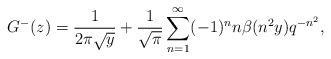
LaTeX: \begin{align*}G^-(z) = \frac{1}{2\pi\sqrt{y}} + \frac{1}{\sqrt{\pi}} \sum_{n=1}^\infty (-1)^n n \beta(n^2 y) q^{-n^2},\end{align*}